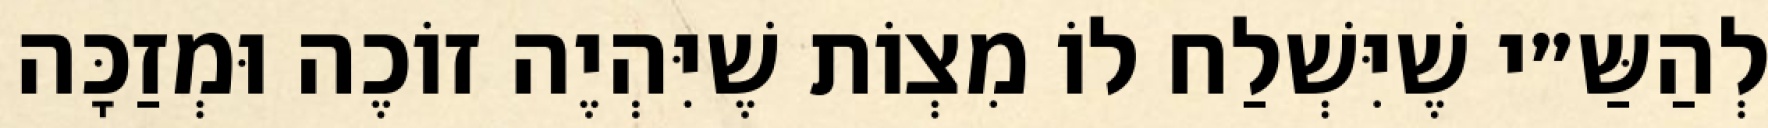
לְהַשַּ״י שֶׁיִּשְׁלַח לוֹ מִצְוֹת שֶׁיִּהְיֶה זוֹכֶה וּמְזַכָּה